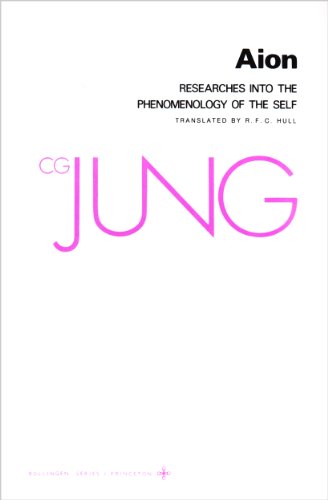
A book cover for Aion: Researches into the Phenomenology of the Self (Collected Works of C.G. Jung Vol.9 Part 2); C. G. Jung; Medical Books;